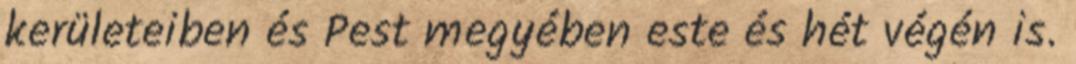
kerületeiben és Pest megyében este és hét végén is.